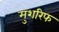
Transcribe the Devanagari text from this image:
मुशरिफ